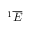
^ 1 \overline { { E } }